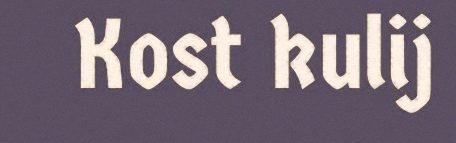
Kost kulij